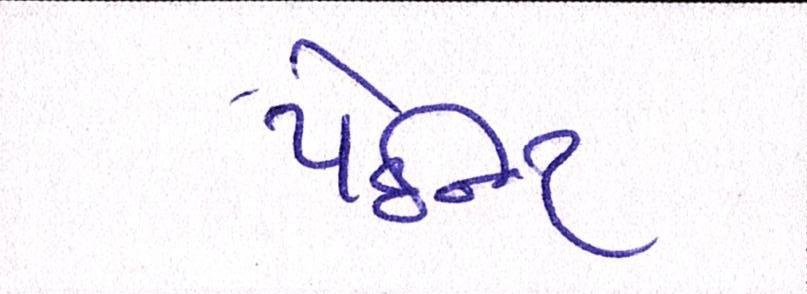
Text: પેઇન્ટ